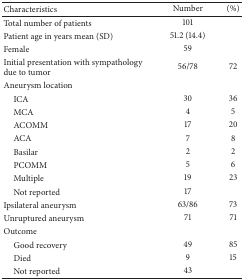
| Characteristics | Number | (%) |
 | --- | --- | --- |
 | Total number of patients | 101 |  |
 | Patient age in years mean (SD) | 51.2 (14.4) |  |
 | Female | 59 |  |
 | Initial presentation with sympathology due to tumor | 56/78 | 72 |
 | Aneurysm location |  |  |
 | ICA | 30 | 36 |
 | MCA | 4 | 5 |
 | ACOMM | 17 | 20 |
 | ACA | 7 | 8 |
 | Basilar | 2 | 2 |
 | PCOMM | 5 | 6 |
 | Multiple | 19 | 23 |
 | Not reported | 17 |  |
 | Ipsilateral aneurysm | 63/86 | 73 |
 | Unruptured aneurysm | 71 | 71 |
 | Outcome |  |  |
 | Good recovery | 49 | 85 |
 | Died | 9 | 15 |
 | Not reported | 43 |  |